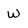
Character: w